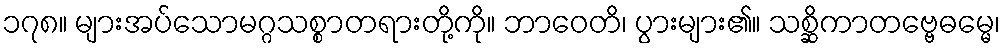
၁၇၈။ များအပ်သောမဂ္ဂသစ္စာတရားတို့ကို။ ဘာဝေတိ၊ ပွားများ၏။ သစ္ဆိကာတဗ္ဗေဓမ္မေ၊